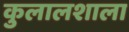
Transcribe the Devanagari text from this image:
कुलालशाला